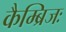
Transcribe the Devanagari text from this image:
कैम्ब्रिजः